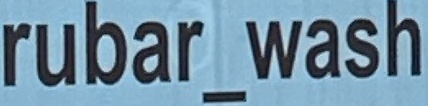
rubar_wash